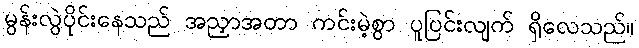
မွန်းလွဲပိုင်းနေသည် အညှာအတာ ကင်းမဲ့စွာ ပူပြင်းလျက် ရှိလေသည်။